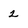
Character: 2